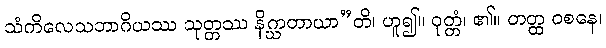
သံကိလေသဘာဂိယဿ သုတ္တဿ နိဂ္ဃာတာယာ”တိ၊ ဟူ၍။ ဝုတ္တံ၊ ၏။ တတ္ထ ဝစနေ၊